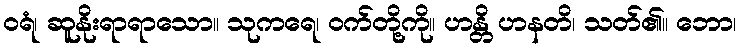
ဝရံ၊ ဆူနိုးရာရာသော။ သုကရေ၊ ဝက်တို့ကို။ ဟန္တိ ဟနတိ၊ သတ်၏။ ဘော၊